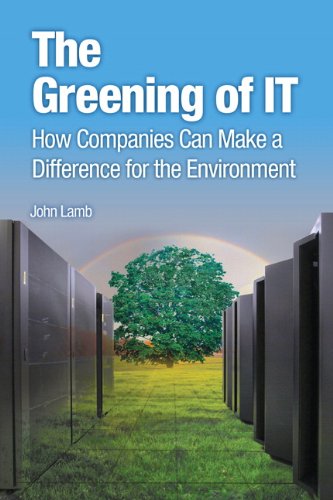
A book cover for The Greening of IT: How Companies Can Make a Difference for the Environment; John Lamb; Business & Money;